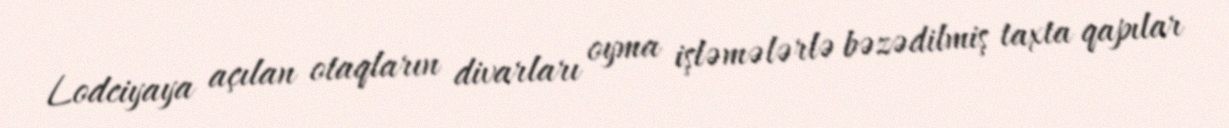
Lodciyaya açılan otaqların divarları oyma işləmələrlə bəzədilmiş taxta qapılar